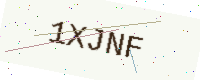
Text: 1XJNF